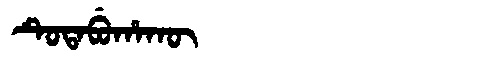
Manchu: ᡨᡠᡨᠠᠪᡠᡥᠠᡴᡡ
Romanization: TUTABUHAKŪ